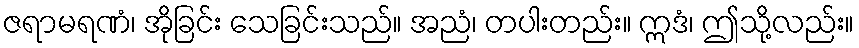
ဇရာမရဏံ၊ အိုခြင်း သေခြင်းသည်။ အညံ၊ တပါးတည်း။ ဣဒံ၊ ဤသို့လည်း။